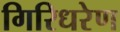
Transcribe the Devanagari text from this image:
गिरिधरेण